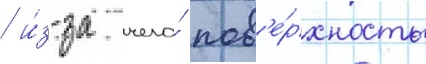
/ и́з-за чего́ пов'е́рхность